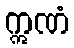
ဣဏံ